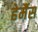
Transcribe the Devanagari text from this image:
हेर्मैस